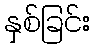
နှစ်ခြင်း